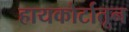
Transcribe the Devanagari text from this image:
हायकोर्टातून